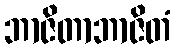
ဘာဇိတာဘာဇိတံ